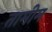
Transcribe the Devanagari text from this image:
तामीम